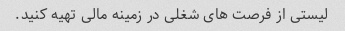
لیستی از فرصت های شغلی در زمینه مالی تهیه کنید.